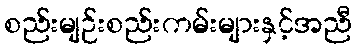
စည်းမျဉ်းစည်းကမ်းများနှင့်အညီ